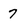
Character: 7